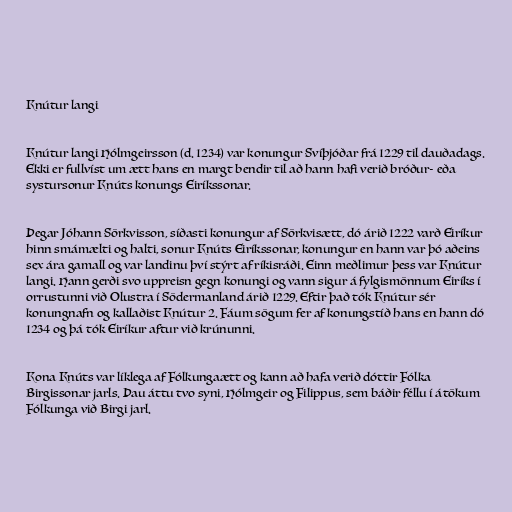
Knútur langi

Knútur langi Hólmgeirsson (d. 1234) var konungur Svíþjóðar frá 1229 til dauðadags.
Ekki er fullvíst um ætt hans en margt bendir til að hann hafi verið bróður- eða
systursonur Knúts konungs Eiríkssonar.

Þegar Jóhann Sörkvisson, síðasti konungur af Sörkvisætt, dó árið 1222 varð Eiríkur
hinn smámælti og halti, sonur Knúts Eiríkssonar, konungur en hann var þó aðeins
sex ára gamall og var landinu því stýrt af ríkisráði. Einn meðlimur þess var Knútur
langi. Hann gerði svo uppreisn gegn konungi og vann sigur á fylgismönnum Eiríks í
orrustunni við Olustra í Södermanland árið 1229. Eftir það tók Knútur sér
konungnafn og kallaðist Knútur 2. Fáum sögum fer af konungstíð hans en hann dó
1234 og þá tók Eiríkur aftur við krúnunni.

Kona Knúts var líklega af Fólkungaætt og kann að hafa verið dóttir Fólka
Birgissonar jarls. Þau áttu tvo syni, Hólmgeir og Filippus, sem báðir féllu í átökum
Fólkunga við Birgi jarl.